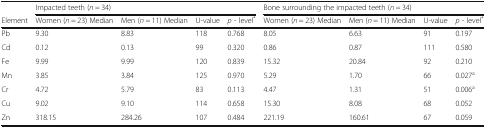
|  | <COLSPAN=4> Impacted teeth (n = 34) | <COLSPAN=4> Bone surrounding the impacted teeth (n = 34) |
 | Element | Women (n = 23) Median | Men (n = 11) Median | U-value | p - level* | Women (n = 23) Median | Men (n = 11) Median | U-value | p - level* |
 | --- | --- | --- | --- | --- | --- | --- | --- | --- |
 | Pb | 9.30 | 8.83 | 118 | 0.768 | 8.05 | 6.63 | 91 | 0.197 |
 | Cd | 0.12 | 0.13 | 99 | 0.320 | 0.86 | 0.87 | 111 | 0.580 |
 | Fe | 9.99 | 9.99 | 120 | 0.839 | 15.32 | 20.84 | 92 | 0.210 |
 | Mn | 3.85 | 3.84 | 125 | 0.970 | 5.29 | 1.70 | 66 | 0.027a |
 | Cr | 4.72 | 5.79 | 83 | 0.113 | 4.47 | 1.31 | 51 | 0.006a |
 | Cu | 9.02 | 9.10 | 114 | 0.658 | 15.30 | 8.08 | 68 | 0.052 |
 | Zn | 318.15 | 284.26 | 107 | 0.484 | 221.19 | 160.61 | 67 | 0.059 |